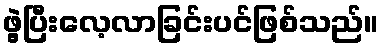
ဖွဲ့ပြီးလေ့လာခြင်းပင်ဖြစ်သည်။